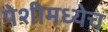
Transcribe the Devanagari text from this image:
पेशीमध्येच